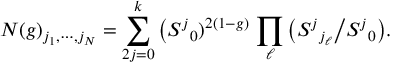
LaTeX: N ( g ) _ { j _ { 1 } , \cdots , j _ { N } } = \sum _ { 2 j = 0 } ^ { k } \big ( S ^ { j } { } _ { 0 } ) ^ { 2 ( 1 - g ) } \, \prod _ { \ell } \big ( S ^ { j } { } _ { j _ { \ell } } \big / S ^ { j } { } _ { 0 } \big ) .